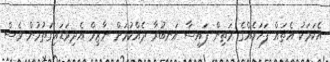
އެކަމަކު އެތައް ފަހަރެއްގެ މަތިން ފައިސާ އަނބުރާ ދެއްކުމަށް ނާޒިމް އެދިވަޑައިގަތުމުން ވެސް